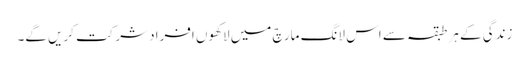
زندگی کے ہر طبقہ سے اس لانگ مارچ میں لاکھوں افراد شرکت کریں گے۔